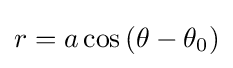
r=a\cos \left(\theta -\theta _{0}\right)